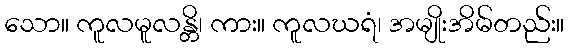
သော။ ကူလမူလန္တိ၊ ကား။ ကူလဃရံ၊ အမျိုးအိမ်တည်း။